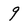
Character: 9